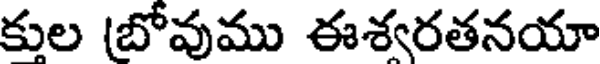
కుల (బోవుము ఈశరతనయా